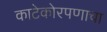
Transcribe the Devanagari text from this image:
काटेकोरपणाचा